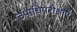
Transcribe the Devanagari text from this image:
उपाधिपरीक्षाएँ